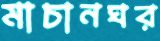
মাচানঘর